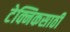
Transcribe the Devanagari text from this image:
टेक्निकसाठी